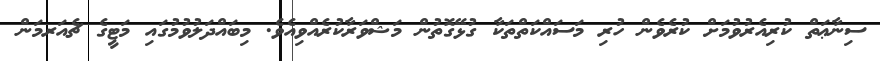
ސިނާޢަތް ކުރިއެރުވުމަށް ކުރެވެން ހުރި މަސައްކަތްތަކާ ގުޅޭގޮތުން މަޝްވަރާކުރެއްވިއެވެ. މިބައްދަލުވުމުގައި މަޓީގެ ޗެއަރމަން